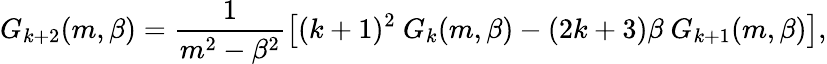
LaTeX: G_{k+2}(m,\beta)=\frac{1}{m^{2}-\beta^{2}}\left[(k+1)^{2}\ G_{k}(m,\beta)-(2k+3)\beta\ G_{k+1}(m,\beta)\right],